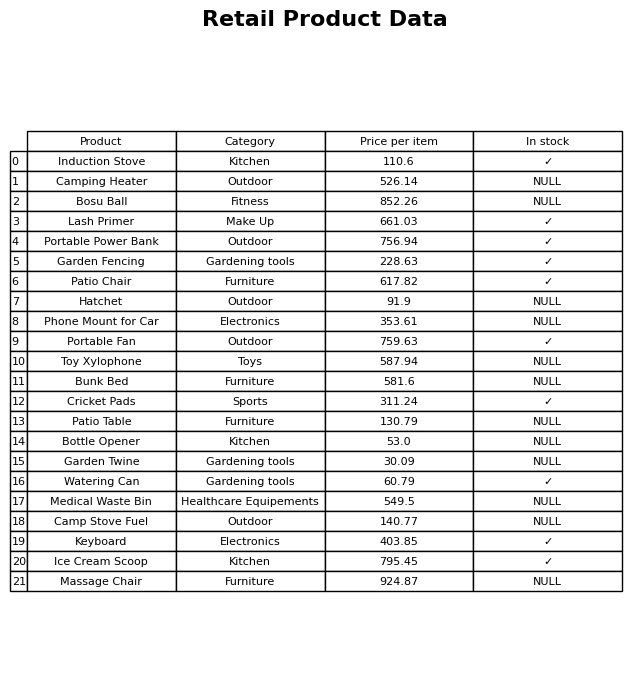
question: What is the stock status of the Watering Can?
answer: ✓